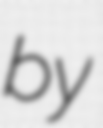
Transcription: by